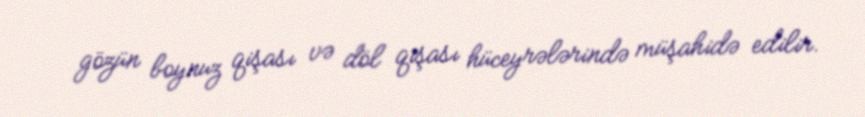
gözün boynuz qişası və döl qişası hüceyrələrində müşahidə edilir.